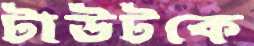
টাউটকে